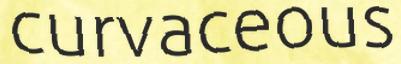
curvaceous